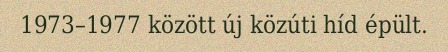
1973–1977 között új közúti híd épült.